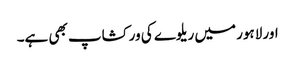
اور لاہور میں ریلوے کی ورکشاپ بھی ہے۔